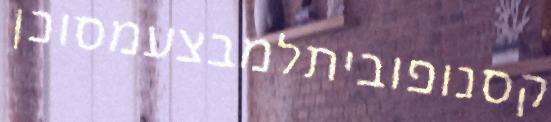
קסנופוביתלמבצעמסוכן